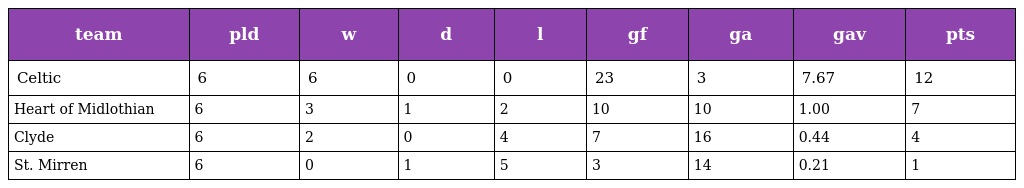
| team | pld | w | d | l | gf | ga | gav | pts |
 | --- | --- | --- | --- | --- | --- | --- | --- | --- |
 | Celtic | 6 | 6 | 0 | 0 | 23 | 3 | 7.67 | 12 |
 | Heart of Midlothian | 6 | 3 | 1 | 2 | 10 | 10 | 1.00 | 7 |
 | Clyde | 6 | 2 | 0 | 4 | 7 | 16 | 0.44 | 4 |
 | St. Mirren | 6 | 0 | 1 | 5 | 3 | 14 | 0.21 | 1 |